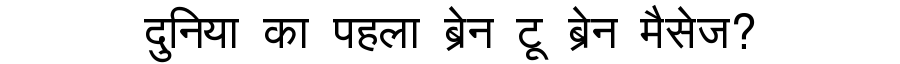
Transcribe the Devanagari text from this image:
दुनिया का पहला ब्रेन टू ब्रेन मैसेज?